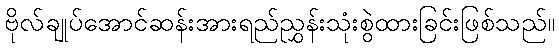
ဗိုလ်ချုပ်အောင်ဆန်းအားရည်ညွှန်းသုံးစွဲထားခြင်းဖြစ်သည်။